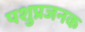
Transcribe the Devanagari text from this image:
पशुप्रजनक